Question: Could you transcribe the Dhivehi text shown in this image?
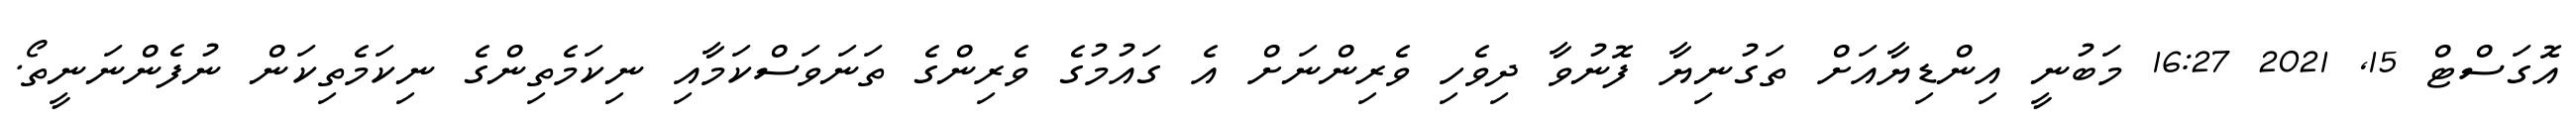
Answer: އޮގަސްޓް 15, 2021 16:27 މަބުނީ އިންޑިޔާއަށް ތަގުނިޔާ ފޮނުވާ ދިވެހި ވެރިންނަށް އެ ގައުމުގެ ވެރިންގެ ތަނަވަސްކަމާއި ނިކަމެތިންގެ ނިކަމެތިކަން ނުފެންނަނީތޯ.